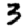
Digit: 3